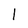
Character: 1